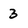
Character: 3